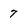
Character: 7